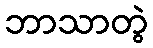
ဘာသာတွဲ